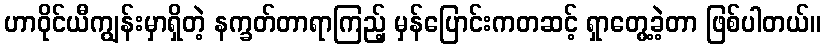
ဟာဝိုင်ယီကျွန်းမှာရှိတဲ့ နက္ခတ်တာရာကြည့် မှန်ပြောင်းကတဆင့် ရှာတွေ့ခဲ့တာ ဖြစ်ပါတယ်။